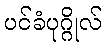
ပင်ခံပုဂ္ဂိုလ်